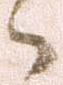
之